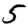
Digit: 5